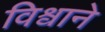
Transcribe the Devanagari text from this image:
विश्वाने